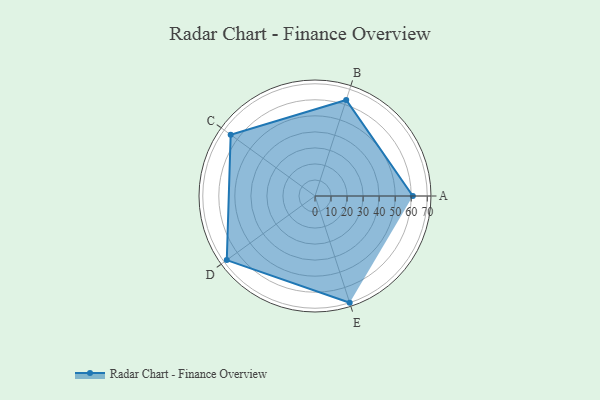
{"axis": {"x": "Skill", "y": "Score"}, "legend": ["Profile"], "data": [{"x": "A", "y": 61.0, "type": "Profile"}, {"x": "B", "y": 63.0, "type": "Profile"}, {"x": "C", "y": 65.0, "type": "Profile"}, {"x": "D", "y": 68.0, "type": "Profile"}, {"x": "E", "y": 70.0, "type": "Profile"}]}